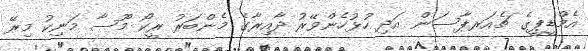
އެމްޑީޕީގެ ޗެއަރޕާސަން އަދި ހުޅުހެންވޭރު ދާއިރާގެ މެންބަރު ރީކޯ މޫސާ މަނިކު މިރޭ